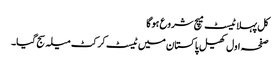
کل پہلا ٹیسٹ میچ شروع ہوگا
صفحہ اول کھیل پاکستان میں ٹیسٹ کرکٹ میلہ سج گیا۔